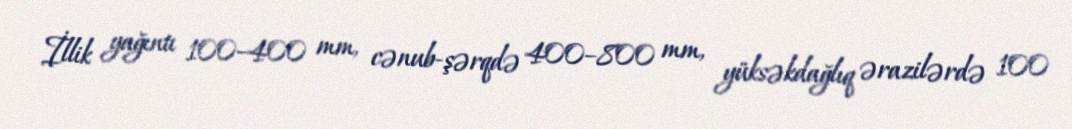
İllik yağıntı 100–400 mm, cənub-şərqdə 400–800 mm, yüksəkdağlıq ərazilərdə 100